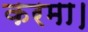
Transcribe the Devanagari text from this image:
करमा।